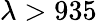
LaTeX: \lambda>935